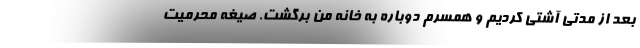
بعد از مدتی آشتی کردیم و همسرم دوباره به خانه من برگشت. صیغه محرمیت